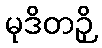
မုဒိတဉှိ